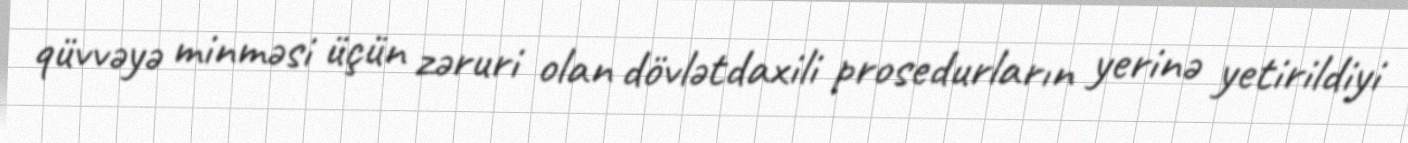
qüvvəyə minməsi üçün zəruri olan dövlətdaxili prosedurların yerinə yetirildiyi